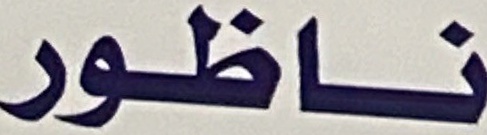
ناظور